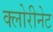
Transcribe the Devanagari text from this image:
क्लोरीनेट